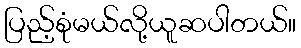
ပြည့်စုံမယ်လို့ယူဆပါတယ်။